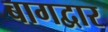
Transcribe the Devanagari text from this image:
बागद्वार